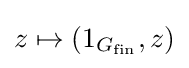
z\mapsto (1_{G_{\text{fin}}},z)